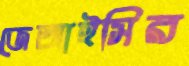
জেআইসির